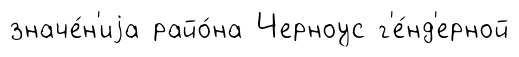
значе́н'иjа райо́на Черноус г'е́нд'ерной